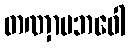
တဏှာပဘဝေါ